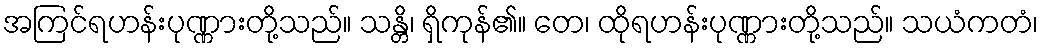
အကြင်ရဟန်းပုဏ္ဏားတို့သည်။ သန္တိ၊ ရှိကုန်၏။ တေ၊ ထိုရဟန်းပုဏ္ဏားတို့သည်။ သယံကတံ၊